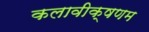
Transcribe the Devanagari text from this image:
कलावीक्षणम